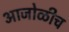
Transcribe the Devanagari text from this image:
आजोळीच